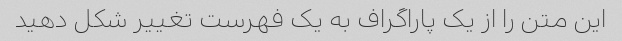
این متن را از یک پاراگراف به یک فهرست تغییر شکل دهید